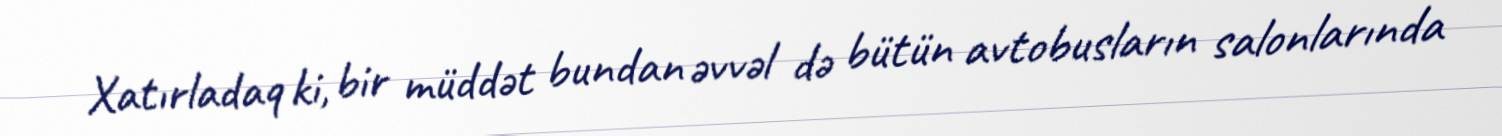
Xatırladaq ki, bir müddət bundan əvvəl də bütün avtobusların salonlarında